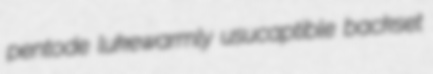
pentode lukewarmly usucaptible backset